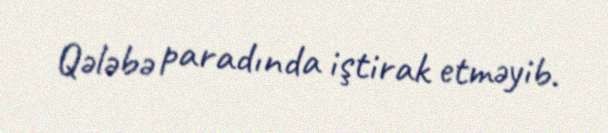
Qələbə paradında iştirak etməyib.